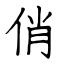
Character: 俏